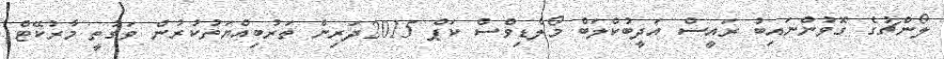
ލޯންޗުގެ ގޮވުންނައިބު ރައީސް އަދީބުކްލަބް މޯލްޑިވްސް ކަޕް 2015ދަރިން ތަރުބިއްޔަތުކުރުން ވަގުތީ މާރުކޭޓް